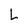
Character: l